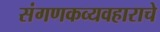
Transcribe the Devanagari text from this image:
संगणकव्यवहाराचे